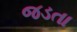
જડતા